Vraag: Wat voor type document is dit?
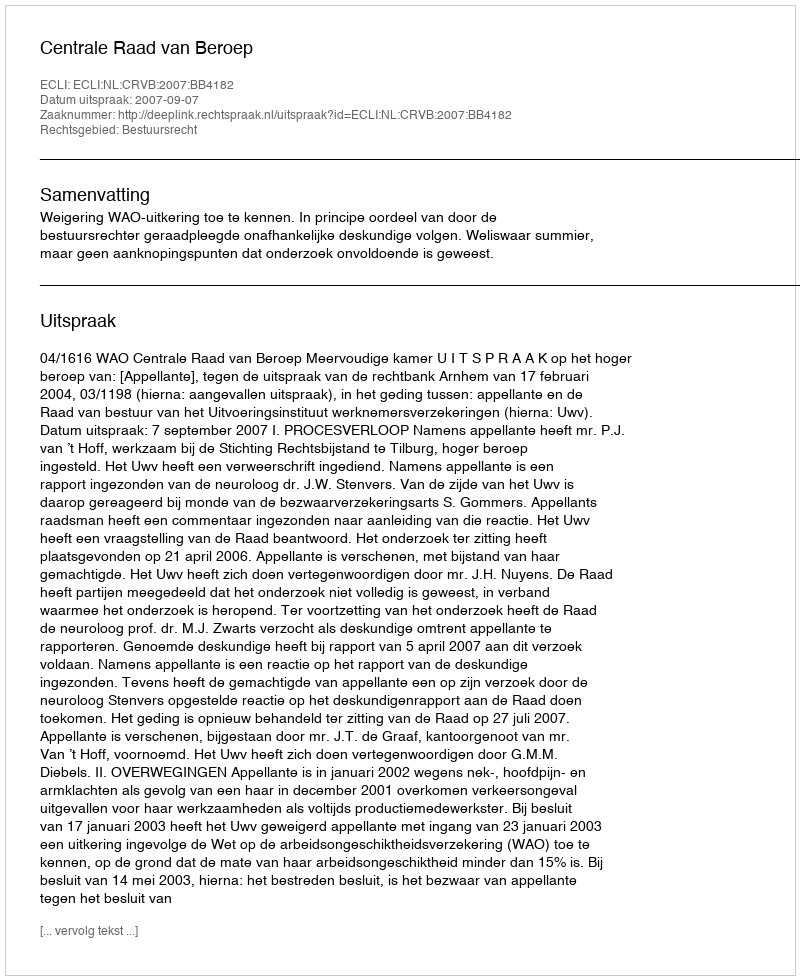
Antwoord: Uitspraak